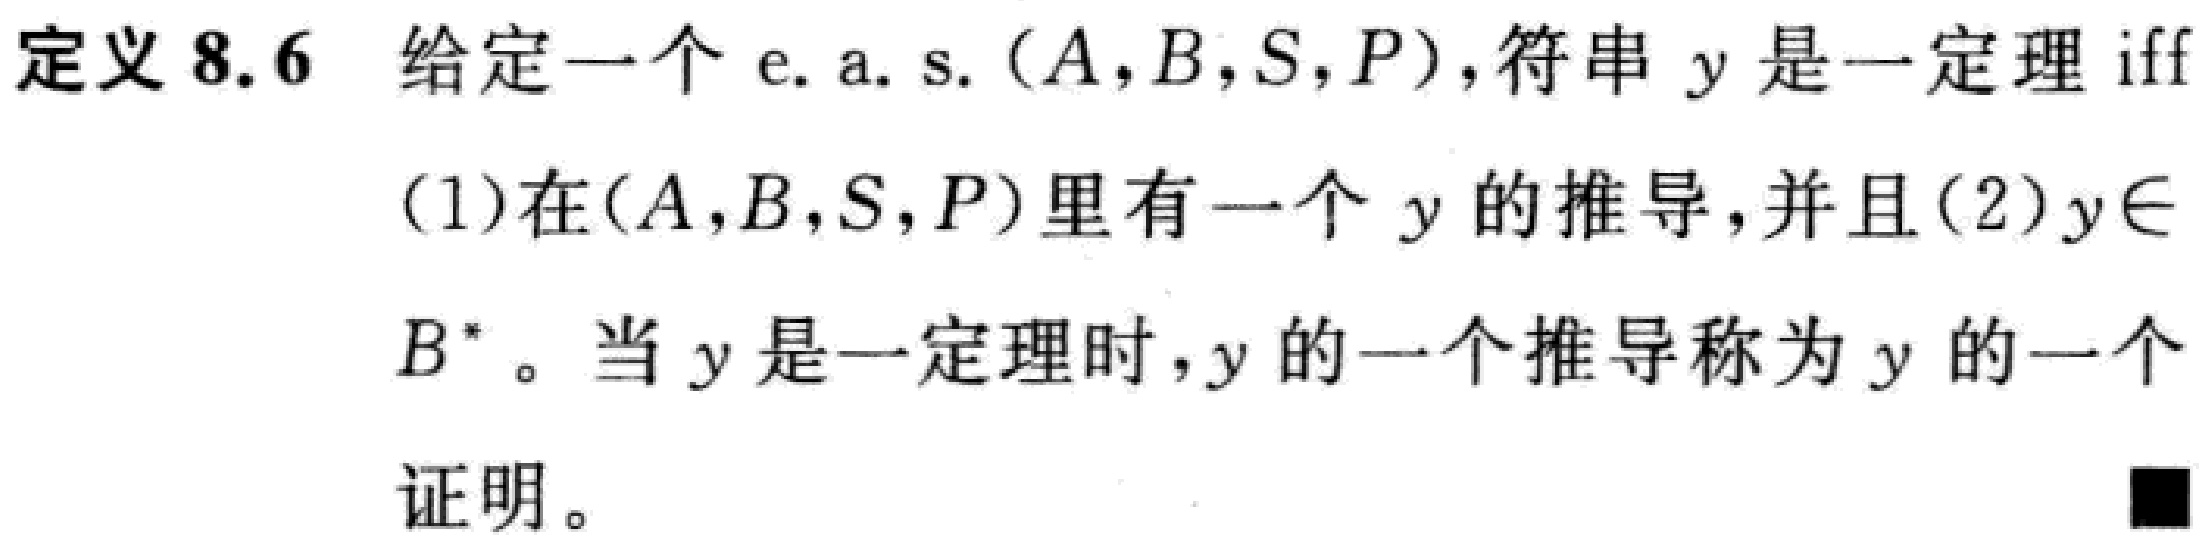
定义 8.6 给定一个 e. a. s. $(A,B,S,P)$，符串 $y$ 是一定理 iff

(1)在$(A,B,S,P)$里有一个 $y$ 的推导，并且(2)$y\in

B^{*}$。当 $y$ 是一定理时，$y$ 的一个推导称为 $y$ 的一个

证明。